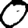
Digit: 0